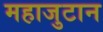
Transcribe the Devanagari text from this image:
महाजुटान